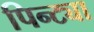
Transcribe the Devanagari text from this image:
पिन्ट्या